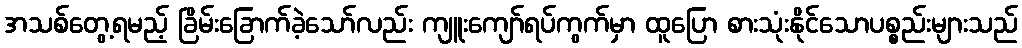
အသစ်တွေ့ရမည့် ခြိမ်းခြောက်ခဲ့သော်လည်း ကျူးကျော်ရပ်ကွက်မှာ ထူပြော စားသုံးနိုင်သောပစ္စည်းများသည်